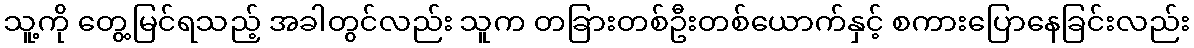
သူ့ကို တွေ့မြင်ရသည့် အခါတွင်လည်း သူက တခြားတစ်ဦးတစ်ယောက်နှင့် စကားပြောနေခြင်းလည်း